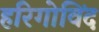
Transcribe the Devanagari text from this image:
हरिगोविंद